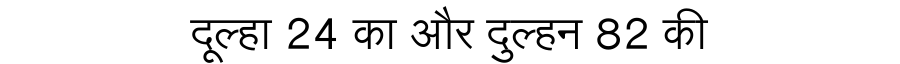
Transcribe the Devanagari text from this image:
दूल्हा 24 का और दुल्हन 82 की